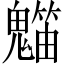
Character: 𥶯